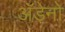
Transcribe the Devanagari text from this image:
अॅडेनो